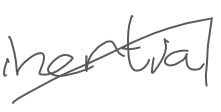
Text: inertial
Cross-out: diagonal
Writing tool: digital_gray